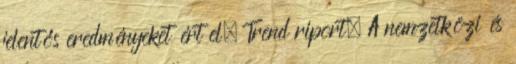
jelentős eredményeket ért el. Trend riport. A nemzetközi és